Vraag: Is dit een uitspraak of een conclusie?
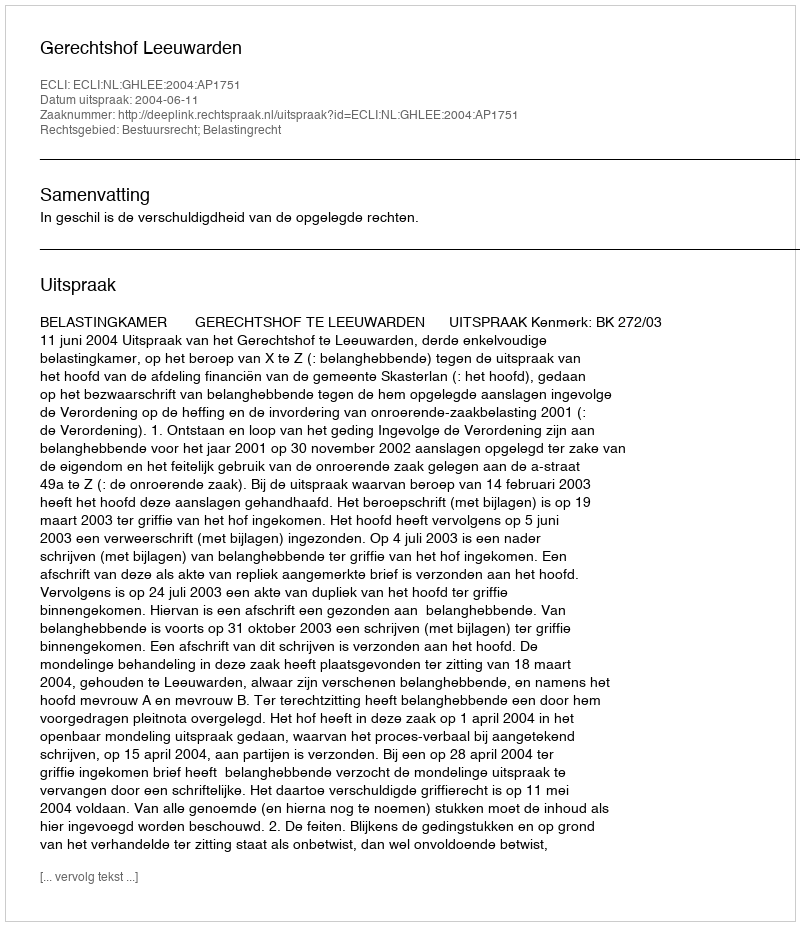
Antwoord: Uitspraak